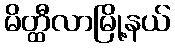
မိတ္ထီလာမြို့နယ်